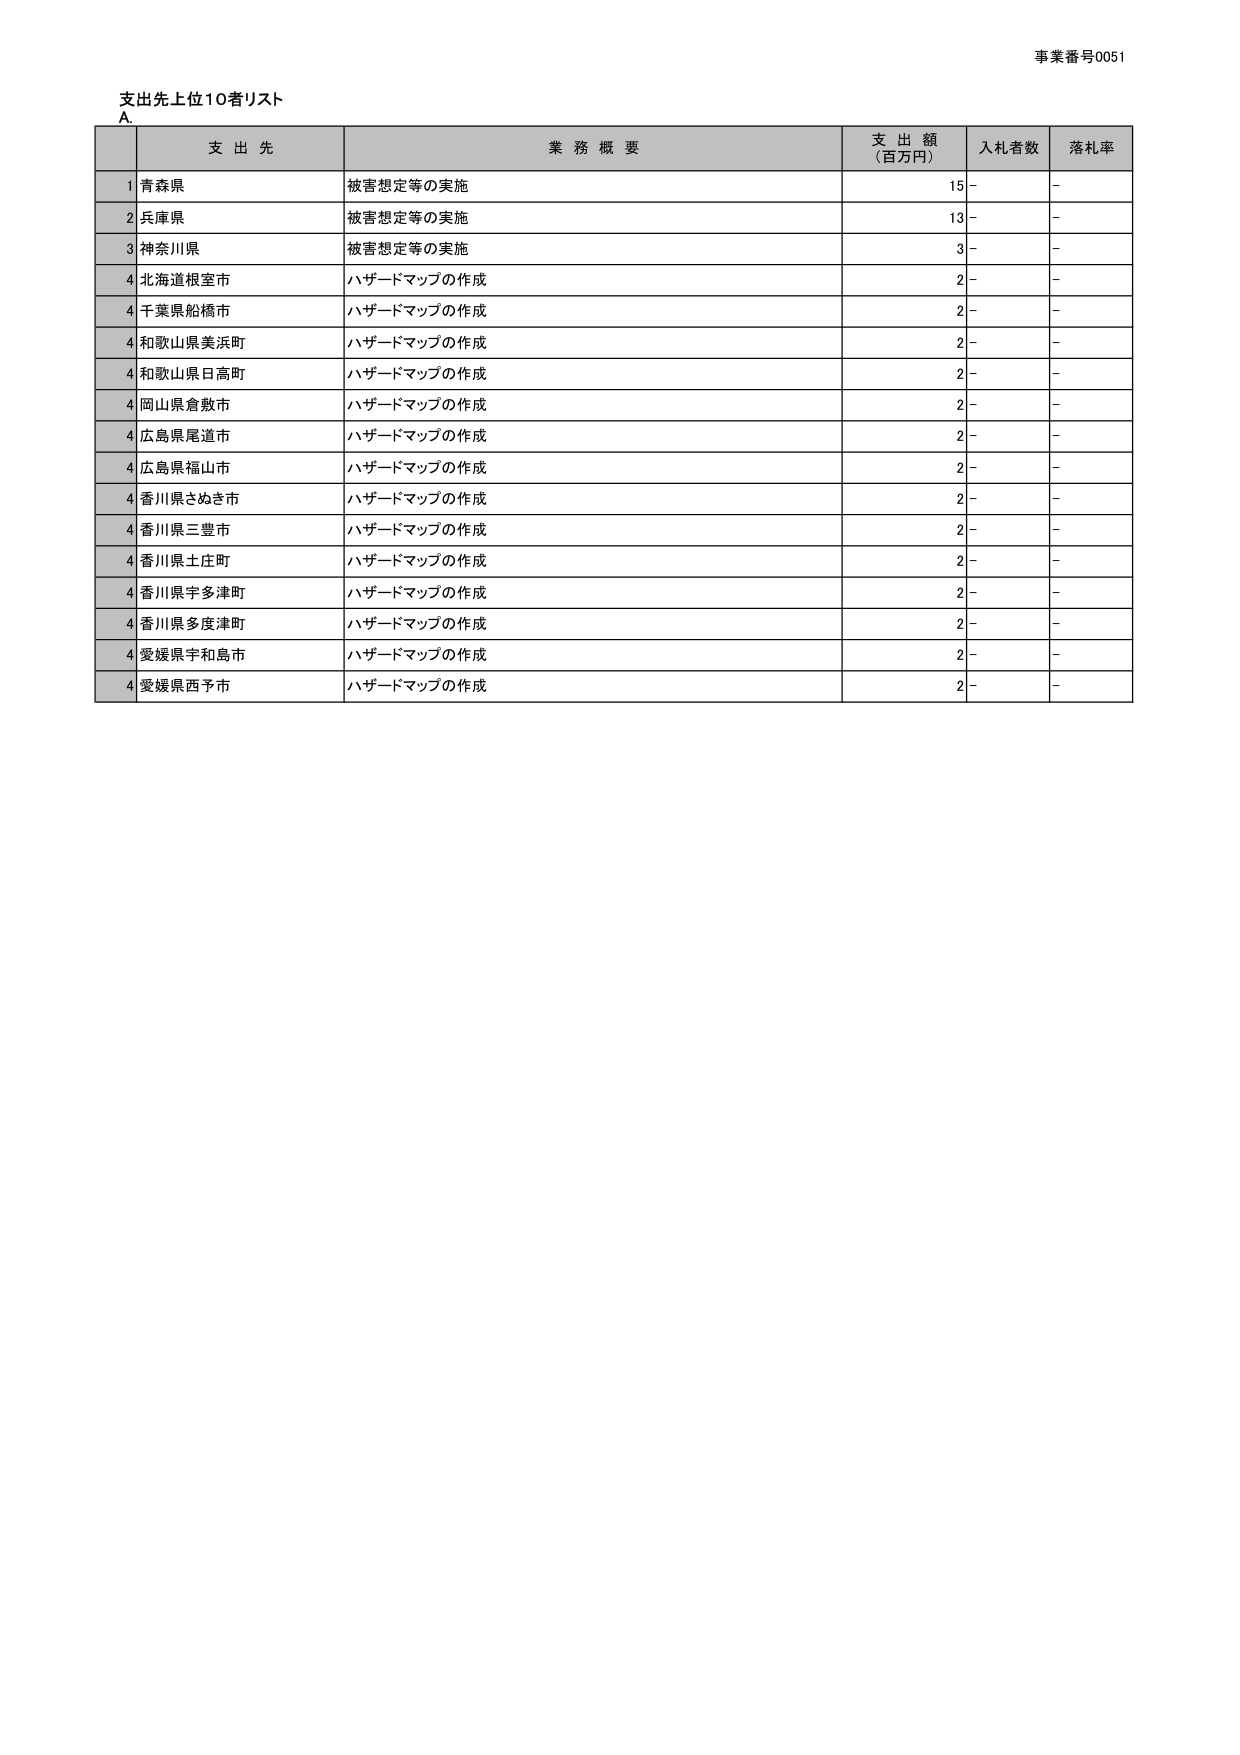
事業番号0051
支出先上位10者リスト
A.
支 出 先 業 務 概 要 支 出 額 （百万円） 入札者数 落札率
1 青森県 被害想定等の実施 15 - -
2 兵庫県 被害想定等の実施 13 - -
3 神奈川県 被害想定等の実施 3 - -
4 北海道根室市 ハザードマップの作成 2 - -
4 千葉県船橋市 ハザードマップの作成 2 - -
4 和歌山県美浜町 ハザードマップの作成 2 - -
4 和歌山県日高町 ハザードマップの作成 2 - -
4 岡山県倉敷市 ハザードマップの作成 2 - -
4 広島県尾道市 ハザードマップの作成 2 - -
4 広島県福山市 ハザードマップの作成 2 - -
4 香川県さぬき市 ハザードマップの作成 2 - -
4 香川県三豊市 ハザードマップの作成 2 - -
4 香川県土庄町 ハザードマップの作成 2 - -
4 香川県宇多津町 ハザードマップの作成 2 - -
4 香川県多度津町 ハザードマップの作成 2 - -
4 愛媛県宇和島市 ハザードマップの作成 2 - -
4 愛媛県西予市 ハザードマップの作成 2 - -